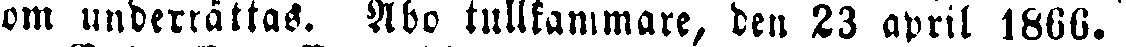
nom underrättas. Åbo tullkammare, den 23 april 1866.